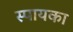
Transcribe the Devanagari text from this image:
स्पायका